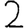
Digit: 2